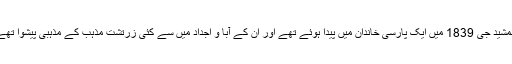
جمشید جی 1839 میں ایک پارسی خاندان میں پیدا ہوئے تھے اور ان کے آبا و اجداد میں سے کئی زرتشت مذہب کے مذہبی پیشوا تھے۔